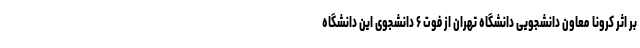
بر اثر کرونا معاون دانشجویی دانشگاه تهران از فوت ۶ دانشجوی این دانشگاه